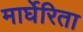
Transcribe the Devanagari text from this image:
मार्घेरिता